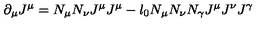
\partial _ { \mu } J ^ { \mu } = N _ { \mu } N _ { \nu } J ^ { \mu } J ^ { \mu } - l _ { 0 } N _ { \mu } N _ { \nu } N _ { \gamma } J ^ { \mu } J ^ { \nu } J ^ { \gamma }